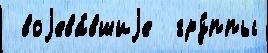
 воjева́вшиjе  гру́ппы